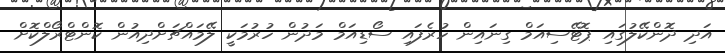
އަދި ދޮންކޭލުގައި ޕޮޓޭސިއަމް ގިނައިން ހުރެފައި ސޯޑިއަމް މަދުން ހުރުމަކީ ލޭމައްޗަށްދިއުން ކޮންޓްރޯލްކޮށް